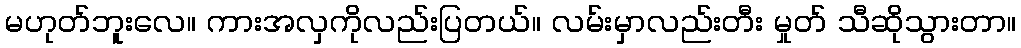
မဟုတ်ဘူးလေ။ ကားအလှကိုလည်းပြတယ်။ လမ်းမှာလည်းတီး မှုတ် သီဆိုသွားတာ။